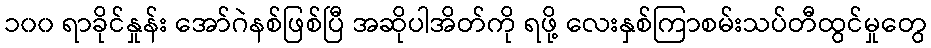
၁၀၀ ရာခိုင်နှုန်း အော်ဂဲနစ်ဖြစ်ပြီ အဆိုပါအိတ်ကို ရဖို့ လေးနှစ်ကြာစမ်းသပ်တီထွင်မှုတွေ